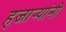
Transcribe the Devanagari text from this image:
हजार्‍यांनी